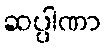
ဆပ္ပါဏာ